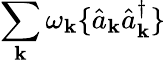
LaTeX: \sum_{\mathbf{k}}\omega_{\mathbf{k}}\{ \hat{{a}}_{\mathbf{k}}\hat{{a}}_{\mathbf{k}}^{\dagger}\}